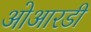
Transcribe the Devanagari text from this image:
ओआरडी